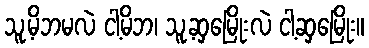
သူ့မိဘမလဲ ငါ့မိဘ၊ သူ့ဆှမြေိုးလဲ ငါ့ဆှမြေိုး။